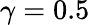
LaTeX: \gamma=0.5